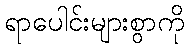
ရာပေါင်းများစွာကို